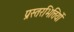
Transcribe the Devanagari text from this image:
प्रस्तरभित्तियों